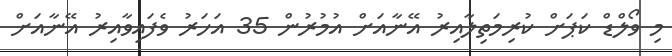
މި ވޯލްޑް ކަޕަށް ކުރިމަތިލާއިރު އޭނާއަށް އުމުރުން 35 އަހަރު ވެފައިވާއިރު އޭނާއަށް